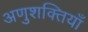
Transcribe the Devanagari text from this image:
अणुशक्तियाँ